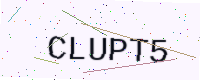
Text: CLUPT5